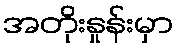
အတိုးနှုန်းမှာ